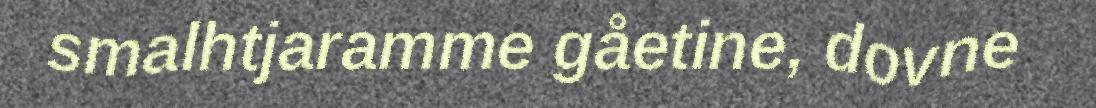
smalhtjaramme gåetine, dovne